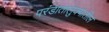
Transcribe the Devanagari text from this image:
परंडातालुक्यातील